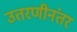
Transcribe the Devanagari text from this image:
उतरणीनंतर